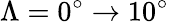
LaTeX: \Lambda=0^{\circ}\rightarrow 10^{\circ}